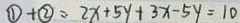
\textcircled { 1 } + \textcircled { 2 } = 2 x + 5 y + 3 x - 5 y = 1 0